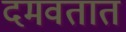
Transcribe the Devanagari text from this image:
दमवतात